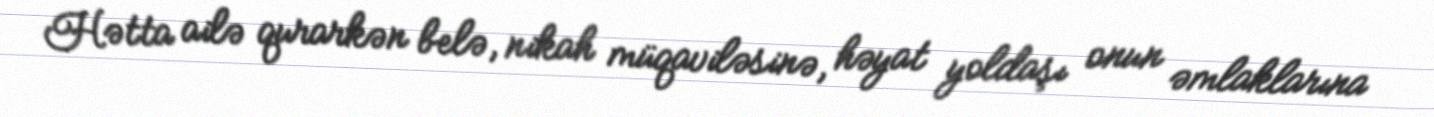
Hətta ailə qurarkən belə, nikah müqaviləsinə, həyat yoldaşı onun əmlaklarına